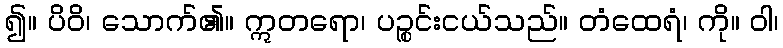
၍။ ပိဝိ၊ သောက်၏။ ဣတရော၊ ပဉ္စင်းငယ်သည်။ တံထေရံ၊ ကို။ ဝါ၊